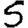
Digit: 5